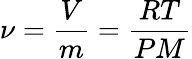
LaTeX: \nu={\frac{V}{m}}={\frac{RT}{PM}}